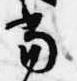
当